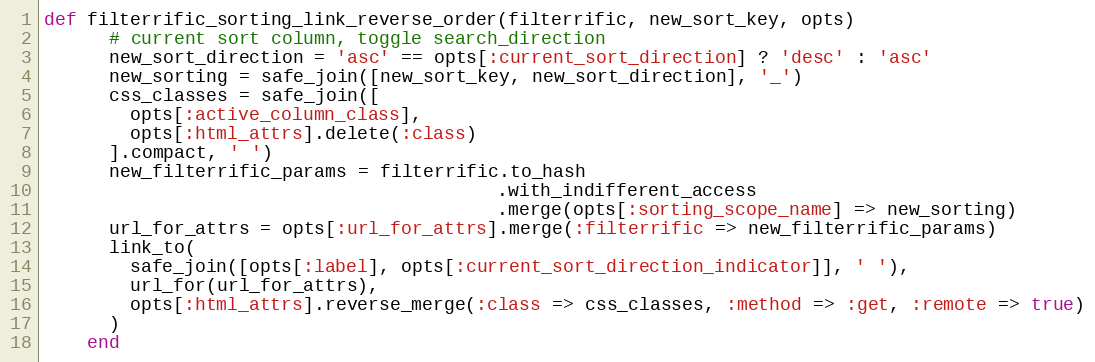
Language: Ruby
def filterrific_sorting_link_reverse_order(filterrific, new_sort_key, opts)
      # current sort column, toggle search_direction
      new_sort_direction = 'asc' == opts[:current_sort_direction] ? 'desc' : 'asc'
      new_sorting = safe_join([new_sort_key, new_sort_direction], '_')
      css_classes = safe_join([
        opts[:active_column_class],
        opts[:html_attrs].delete(:class)
      ].compact, ' ')
      new_filterrific_params = filterrific.to_hash
                                          .with_indifferent_access
                                          .merge(opts[:sorting_scope_name] => new_sorting)
      url_for_attrs = opts[:url_for_attrs].merge(:filterrific => new_filterrific_params)
      link_to(
        safe_join([opts[:label], opts[:current_sort_direction_indicator]], ' '),
        url_for(url_for_attrs),
        opts[:html_attrs].reverse_merge(:class => css_classes, :method => :get, :remote => true)
      )
    end